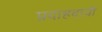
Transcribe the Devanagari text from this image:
प्रदाहदायी